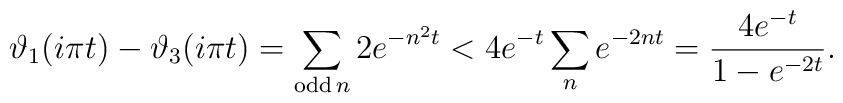
\vartheta_1(i\pi t)-\vartheta_3(i\pi t)=\sum_{{\rm odd}\, n}2 e^{-n^2t} < 4 e^{-t}\sum_n e^{-2nt}=\frac{4 e^{-t}}{1-e^{-2t}}.